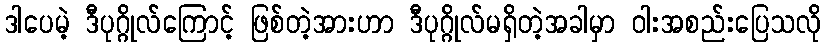
ဒါပေမဲ့ ဒီပုဂ္ဂိုလ်ကြောင့် ဖြစ်တဲ့အားဟာ ဒီပုဂ္ဂိုလ်မရှိတဲ့အခါမှာ ဝါးအစည်းပြေသလို